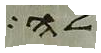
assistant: לה